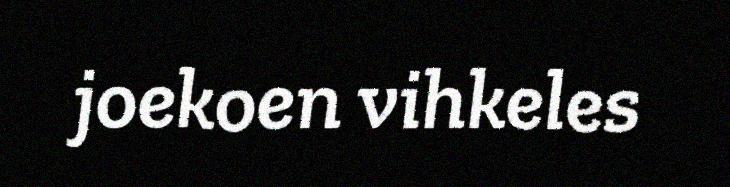
joekoen vihkeles